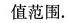
值范围.